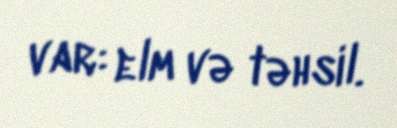
var: elm və təhsil.